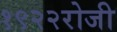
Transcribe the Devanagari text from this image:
१९२२रोजी